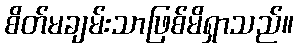
စိတ်မချမ်းသာဖြစ်မိရှာသည်။